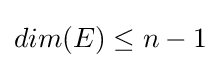
{\textstyle dim(E)\leq n-1}